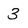
Character: 3